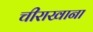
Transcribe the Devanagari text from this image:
चीराखाना